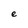
Character: e